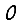
Digit: 0